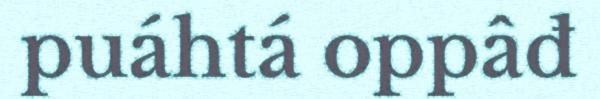
puáhtá oppâđ